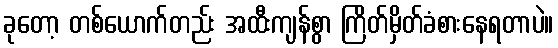
ခုတော့ တစ်ယောက်တည်း အထီးကျန်စွာ ကြိတ်မှိတ်ခံစားနေရတာပဲ။